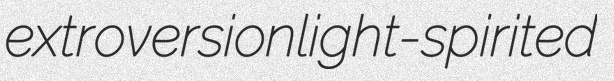
extroversion light-spirited